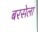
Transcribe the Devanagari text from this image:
बरसेला